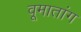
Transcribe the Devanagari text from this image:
वूमातांग